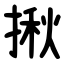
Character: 揪